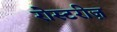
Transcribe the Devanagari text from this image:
रोस्टरीज़